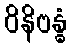
ဝိနိဗန္ဓံ